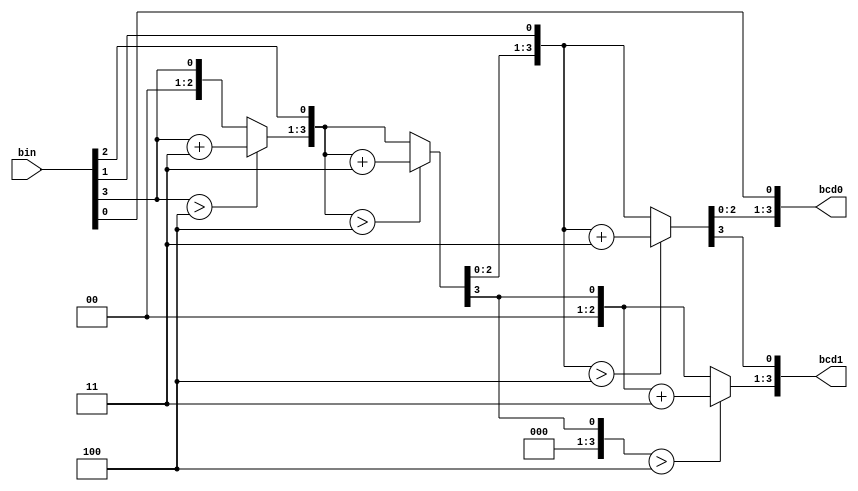
/*--------------------------------------*/
/*      Modified by Szymon Irla         */
/*--------------------------------------*/

`timescale 1ns / 1ps
module bin2bcd (
        input  wire [3:0] bin,  // input binary number
        output reg  [3:0]  bcd0, // LSB
        output reg  [3:0]  bcd1// MSB
    );

    integer i;

    always @(bin)
    begin

        bcd0 = 0;
        bcd1 = 0;

        
        for ( i = 3; i >= 0; i = i - 1 )
        begin
            if( bcd0 > 4 ) bcd0 = bcd0 + 3;
            if( bcd1 > 4 ) bcd1 = bcd1 + 3;
            { bcd1[3:0], bcd0[3:0] } = { bcd1[2:0], bcd0[3:0],bin[i] };
        end

    end

endmodule